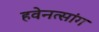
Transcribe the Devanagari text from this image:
हवेनत्सांग